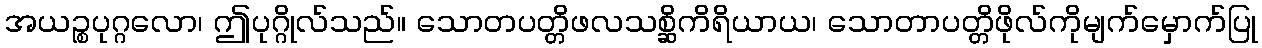
အယဉ္စပုဂ္ဂလော၊ ဤပုဂ္ဂိုလ်သည်။ သောတပတ္တိဖလသစ္ဆိကိရိယာယ၊ သောတာပတ္တိဖိုလ်ကိုမျက်မှောက်ပြု